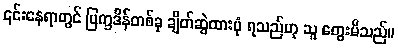
၎င်းနေရာတွင် ပြက္ခဒိန်တစ်ခု ချိတ်ဆွဲထားပုံ ရသည်ဟု သူ တွေးမိသည်။